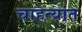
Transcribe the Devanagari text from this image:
चाहत्यांत